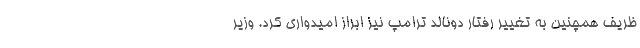
ظریف همچنین به تغییر رفتار دونالد ترامپ نیز ابراز امیدواری کرد. وزیر